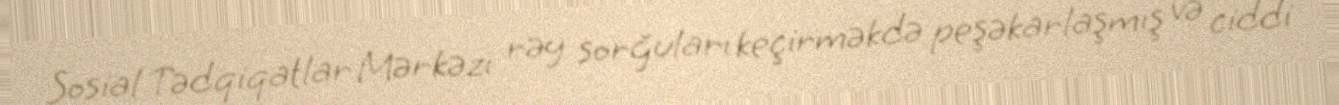
Sosial Tədqiqatlar Mərkəzi rəy sorğuları keçirməkdə peşəkarlaşmış və ciddi